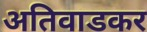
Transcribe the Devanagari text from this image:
अतिवाडकर